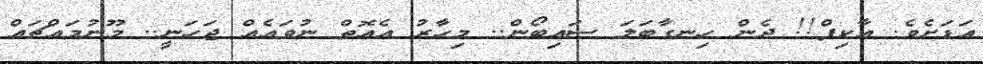
އަޑަށެވެ. އާކިފް!! ދެން ހިނގާބަލަ ސައިބޯން.. މިހާރު އެއޮތް ނުވައެއް ޖަހަނީ.. މޫނުމައްޗައް